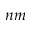
n m